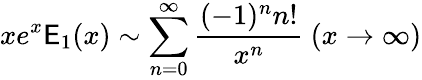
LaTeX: xe^{x}\mathsf{E}_{1}(x)\sim\sum_{n=0}^{\infty}{\frac{{(-1)^{n}n!}}{{x^{n}}}}\ (x\to\infty)